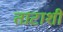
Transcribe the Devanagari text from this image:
ताटाशी